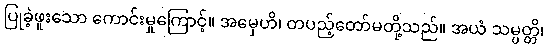
ပြုခဲ့ဖူးသော ကောင်းမှုကြောင့်။ အမှေဟိ၊ တပည့်တော်မတို့သည်။ အယံ သမ္ပတ္တိ၊